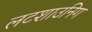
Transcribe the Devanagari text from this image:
लटशाउनिग